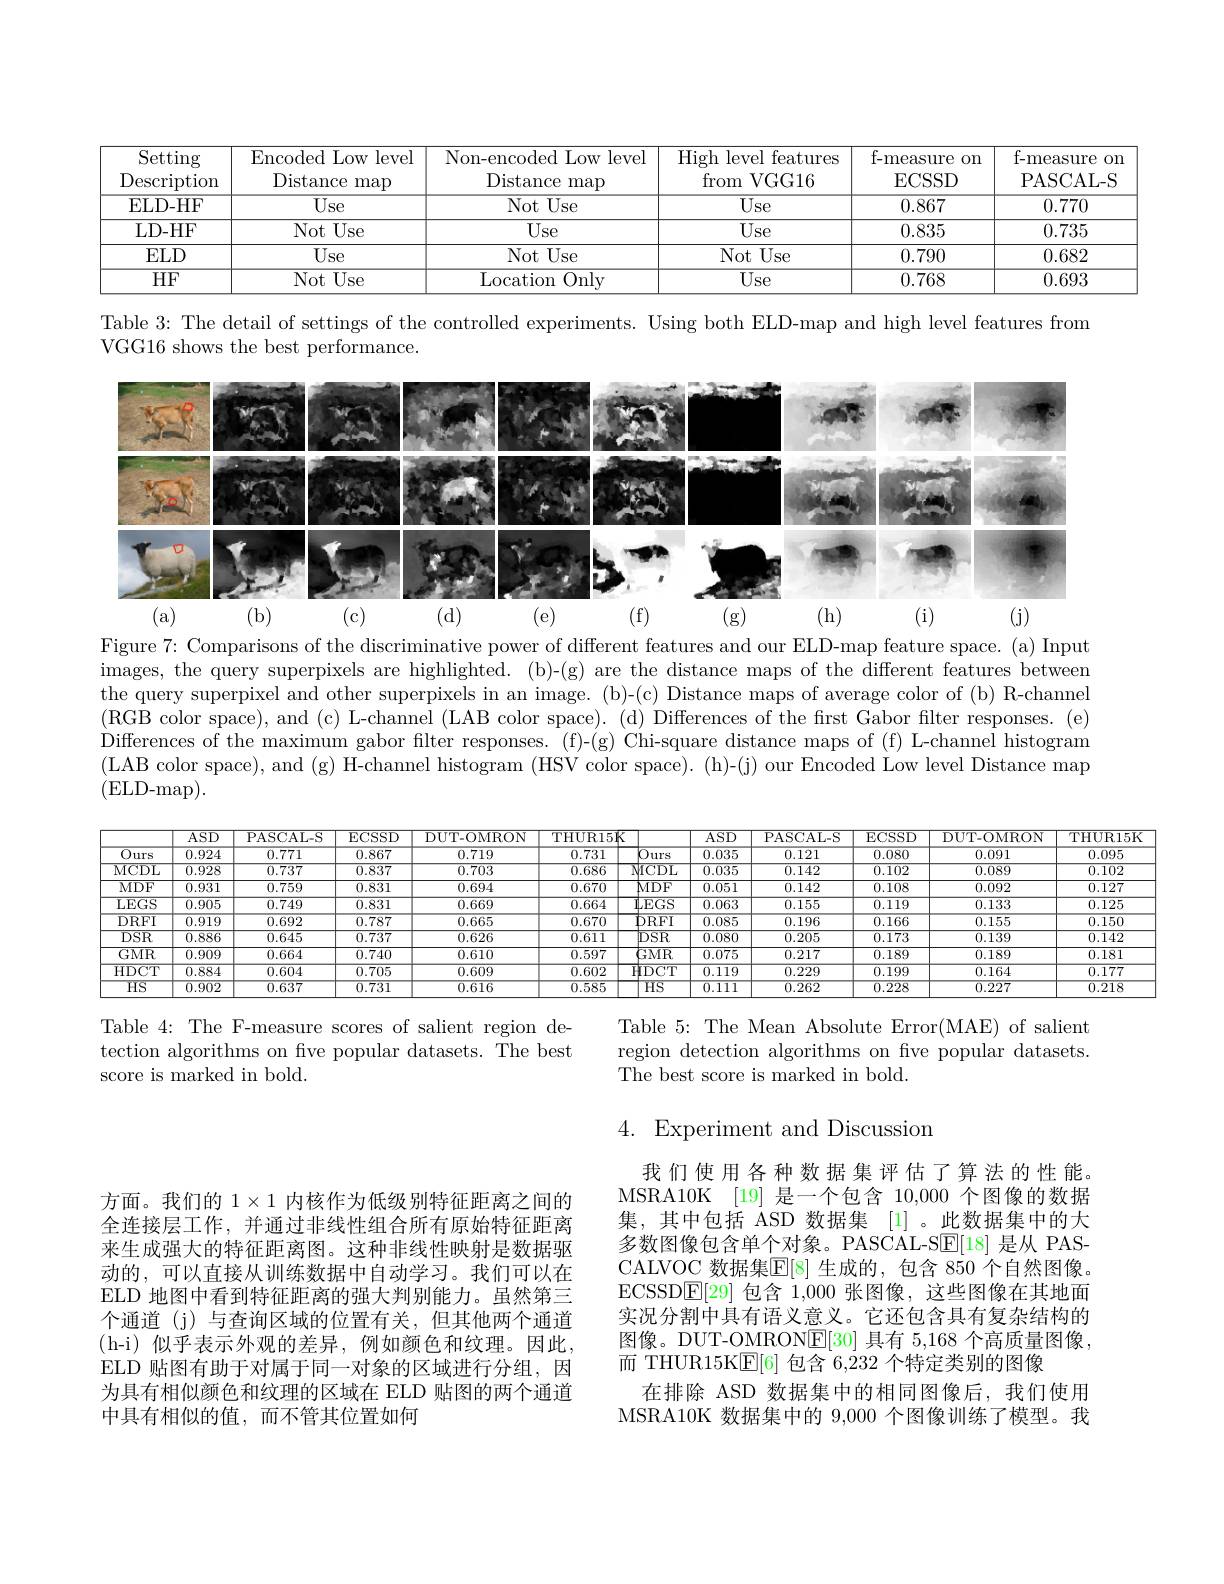
<table>
	<tbody>
		<tr>
			<th>Setting $1D$ escription</th>
			<th>Encoded Low level Distance ${\mathrm{e~map}}$</th>
			<th>Non-encoded Low level Distance $\because$map</th>
			<th>High level features $\operatorname{from}$VGG16</th>
			<th>f-measure on ECSSD</th>
			<th>f-measure 0. PASCAL-S</th>
		</tr>
		<tr>
			<td>ELD- HF</td>
			<td>Use</td>
			<td>Not Use</td>
			<td>Use</td>
			<td>0.867</td>
			<td>0.770</td>
		</tr>
		<tr>
			<td>LD- HF</td>
			<td>Not Use</td>
			<td>$\overline{\mathrm{Use}}$</td>
			<td>$\overline{\mathrm{Use}}$</td>
			<td>0.835</td>
			<td>0.735</td>
		</tr>
		<tr>
			<td>$ELD$</td>
			<td>Use</td>
			<td>$\overline{\mathrm{Not~Use}}$</td>
			<td>Not Use</td>
			<td>0.790</td>
			<td>0.682</td>
		</tr>
		<tr>
			<td>$HF$</td>
			<td>$\overline{\mathrm{Not~Use}}$</td>
			<td>Location Only</td>
			<td>Use</td>
			<td>0.768</td>
			<td>0.693</td>
		</tr>
	</tbody>
</table>

Table 3: The detail of settings of the controlled experiments. Using both ELD-map and high level features from
VGG16 shows the best performance.

<FigureHere>

Figure 7: Comparisons of the discriminative power of different features and our ELD-map feature space. (a) Input images, the query superpixels are highlighted. (b)-(g) are the distance maps of the different features betweem the query superpixel and other superpixels in an image. (b)-(c) Distance maps of average color of (b) R-channel (RGB color space), and (c) L-channel (LAB color space). (d) Differences of the first Gabor filter responses. (e) Differences of the maximum gabor filter responses. (f)-(g) Chi-square distance maps of (f) L-channel histogram (LAB color space), and (g) H-channel histogram (HSV color space). (h)-(j) our Encoded Low level Distance map (ELD-map).

<table>
	<tbody>
		<tr>
			<th> </th>
			<th>$\overline{\mathrm{ASD}}$</th>
			<th>PASCAL-S</th>
			<th>ECSSD</th>
			<th>DUT- OMRON</th>
			<th>$THUR15K$</th>
			<th></th>
			<th>$ASD$</th>
			<th>PASCAL- S</th>
			<th>$\operatorname{ECSSD}$</th>
			<th>DUT- OMRON</th>
			<th>THUR15</th>
		</tr>
		<tr>
			<td>$\overline{Ours}$</td>
			<td>0.924</td>
			<td>0.771</td>
			<td>0.867</td>
			<td>0.719</td>
			<td>0.731</td>
			<td>0 'urs</td>
			<td>0.035</td>
			<td>0.121</td>
			<td>0.080</td>
			<td>0.091</td>
			<td>0.095</td>
		</tr>
		<tr>
			<td>MCDL</td>
			<td>0.928</td>
			<td>0.737</td>
			<td>0.837</td>
			<td>0.703</td>
			<td>0.686</td>
			<td>$\operatorname{NICDL}$</td>
			<td>0.035</td>
			<td>0.142</td>
			<td>0.102</td>
			<td>0.089</td>
			<td>0.102</td>
		</tr>
		<tr>
			<td>$\overline{\mathrm{MDF}}$</td>
			<td>0.931</td>
			<td>0.759</td>
			<td>0.831</td>
			<td>0.694</td>
			<td>0.670</td>
			<td>$MDF$</td>
			<td>0.051</td>
			<td>0.142</td>
			<td>0.108</td>
			<td>0.092</td>
			<td>0.127</td>
		</tr>
		<tr>
			<td>$\overline{{\mathrm{LEGS}}}$</td>
			<td>0.905</td>
			<td>0.749</td>
			<td>0.831</td>
			<td>0.669</td>
			<td>0.664</td>
			<td>$\mathbf{1}_{\mathrm{LEGS}}$</td>
			<td>0.063</td>
			<td>0.155</td>
			<td>0.119</td>
			<td>0.133</td>
			<td>0.125</td>
		</tr>
		<tr>
			<td>$\overline{\mathrm{DRFI}}$</td>
			<td>0.919</td>
			<td>0.692</td>
			<td>0.787</td>
			<td>0.665</td>
			<td>0.670</td>
			<td>$\mathbf{DRFI}$</td>
			<td>0.085</td>
			<td>0.196</td>
			<td>0.166</td>
			<td>0.155</td>
			<td>0.150</td>
		</tr>
		<tr>
			<td>$DSR$</td>
			<td>0.886</td>
			<td>0.645</td>
			<td>0.737</td>
			<td>0.626</td>
			<td>0.611</td>
			<td>$\overline{\mathrm{DSR}}$</td>
			<td>0.080</td>
			<td>0.205</td>
			<td>0.173</td>
			<td>0.139</td>
			<td>0.142</td>
		</tr>
		<tr>
			<td>$\overline{\mathrm{GMR}}$</td>
			<td>0.909</td>
			<td>0.664</td>
			<td>0.740</td>
			<td>0.610</td>
			<td>0.597</td>
			<td>GMR</td>
			<td>0.075</td>
			<td>0.217</td>
			<td>0.189</td>
			<td>0.189</td>
			<td>0.181</td>
		</tr>
		<tr>
			<td>HDCT</td>
			<td>0.884</td>
			<td>0.604</td>
			<td>0.705</td>
			<td>0.609</td>
			<td>0.602</td>
			<td>$HDCT$</td>
			<td>0.119</td>
			<td>0.229</td>
			<td>0.199</td>
			<td>0.164</td>
			<td>0.177</td>
		</tr>
		<tr>
			<td>$HS$</td>
			<td>0.902</td>
			<td>0.637</td>
			<td>0.731</td>
			<td>0.616</td>
			<td>0.585</td>
			<td>$HS$</td>
			<td>0.111</td>
			<td>$\overline{0.262}$</td>
			<td>0.228</td>
			<td>$\overline{0.227}$</td>
			<td>$\overline{0.218}$</td>
		</tr>
	</tbody>
</table>

Table 5: The Mean Absolute Error(MAE) of salient region detection algorithms on five popular datasets. The best score is marked in bold.

Table 4: The F-measure scores of salient region detection algorithms on fve popular datasets. The best score is marked in bold.

4. Experiment and Discussion

我们使用各种数据集评估了算法的性能MSRA10K [19] 是一个包含 10,000 个图像的数据集，其中包括 ASD 数据集 [1]。此数据集中的大多数图像包含单个对象。PASCAL-SE[18] 是从 PASCALVOC 数据集$\mathbb{E}[8]$ 生成的，包含 850 个自然图像。ECSSD$\boxed{\mathrm{E}}[29]$包含 1,000 张图像，这些图像在其地面实况分割中具有语义意义。它还包含具有复杂结构的图像。DUT-OMRONE[30] 具有 5,168 个高质量图像， 而 THUR15K$\mathbb{E}[6]$包含 6,232 个特定类别的图像
在排除 ASD 数据集中的相同图像后，我们使用MSRA10K 数据集中的 9,000 个图像训练了模型。我

方面。我们的$1\times1$内核作为低级别特征距离之间的全连接层工作，并通过非线性组合所有原始特征距离来生成强大的特征距离图。这种非线性映射是数据驱动的，可以直接从训练数据中自动学习。我们可以在ELD 地图中看到特征距离的强大判别能力。虽然第三个通道 (j) 与查询区域的位置有关，但其他两个通道(h-i)似乎表示外观的差异，例如颜色和纹理。因此， ELD 贴图有助于对属于同一对象的区域进行分组，因为具有相似颜色和纹理的区域在 ELD 贴图的两个通道中具有相似的值，而不管其位置如何